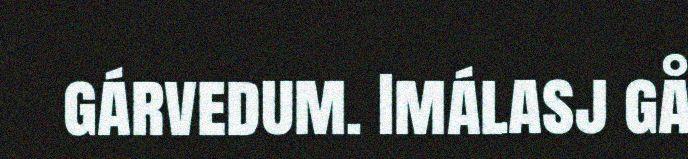
gárvedum. Imálasj gå